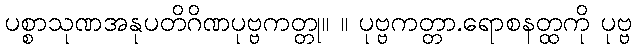
ပစ္စာသုဏအနုပတိဂိဏပုဗ္ဗကတ္တု။ ။ ပုဗ္ဗကတ္တာ.ရောစနတ္ထကို ပုဗ္ဗ